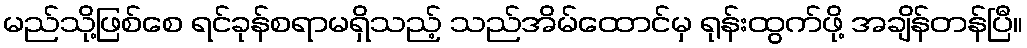
မည်သို့ဖြစ်စေ ရင်ခုန်စရာမရှိသည့် သည်အိမ်ထောင်မှ ရုန်းထွက်ဖို့ အချိန်တန်ပြီ။